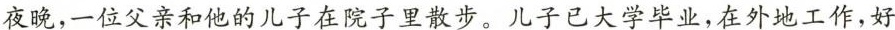
夜晚，一位父亲和他的儿子在院子里散步。儿子已大学毕业，在外地工作，好